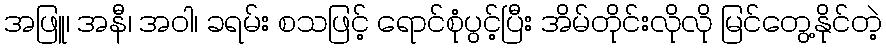
အဖြူ၊ အနီ၊ အဝါ၊ ခရမ်း စသဖြင့် ရောင်စုံပွင့်ပြီး အိမ်တိုင်းလိုလို မြင်တွေ့နိုင်တဲ့